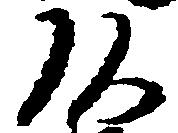
頭